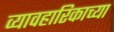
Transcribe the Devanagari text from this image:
व्यावहारिकाच्या